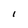
Character: l